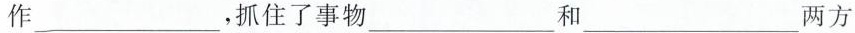
作___，抓住了事物___和___两方